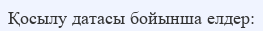
Қосылу датасы бойынша елдер: